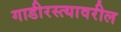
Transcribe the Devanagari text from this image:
गाडीरस्त्यावरील